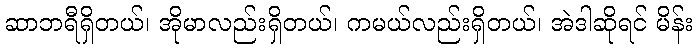
ဆာဘရီရှိတယ်၊ အိုမာလည်းရှိတယ်၊ ကမယ်လည်းရှိတယ်၊ အဲဒါဆိုရင် မိန်း